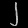
Digit: ၂